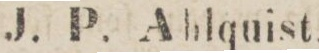
J. P. Ahlquist,